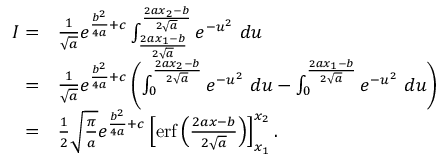
\begin{array} { r l } { I = } & { \frac { 1 } { \sqrt { a } } e ^ { \frac { b ^ { 2 } } { 4 a } + c } \int _ { \frac { 2 a x _ { 1 } - b } { 2 \sqrt { a } } } ^ { \frac { 2 a x _ { 2 } - b } { 2 \sqrt { a } } } e ^ { - u ^ { 2 } } \ d u } \\ { = } & { \frac { 1 } { \sqrt { a } } e ^ { \frac { b ^ { 2 } } { 4 a } + c } \left( \int _ { 0 } ^ { \frac { 2 a x _ { 2 } - b } { 2 \sqrt { a } } } e ^ { - u ^ { 2 } } \ d u - \int _ { 0 } ^ { \frac { 2 a x _ { 1 } - b } { 2 \sqrt { a } } } e ^ { - u ^ { 2 } } \ d u \right) } \\ { = } & { \frac { 1 } { 2 } \sqrt { \frac { \pi } { a } } e ^ { \frac { b ^ { 2 } } { 4 a } + c } \left[ \mathrm { e r f } \left( { \frac { 2 a x - b } { 2 \sqrt { a } } } \right) \right] _ { x _ { 1 } } ^ { x _ { 2 } } . } \end{array}